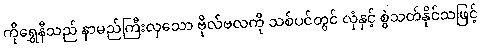
ကိုရွှေနီသည် နာမည်ကြီးလှသော ဗိုလ်ဗလကို သစ်ပင်တွင် လှံနှင့် စွဲသတ်နိုင်သဖြင့်